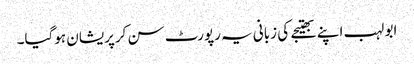
ابو لہب اپنے بھتیجے کی زبانی یہ رپورٹ سن کرپریشان ہوگیا۔